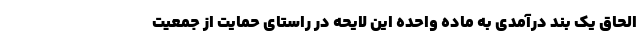
الحاق یک بند درآمدی به ماده واحده این لایحه در راستای حمایت از جمعیت